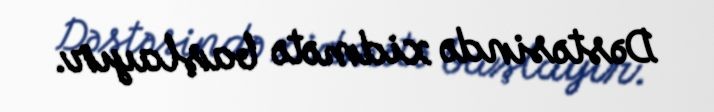
Dəstəsində xidmətə başlayır.